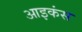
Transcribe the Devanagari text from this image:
आइकंस